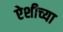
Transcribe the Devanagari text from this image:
ऐशीच्या